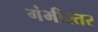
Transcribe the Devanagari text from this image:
गंभीरतर